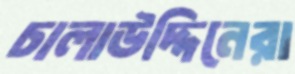
চালাউদ্দিনেরা